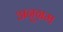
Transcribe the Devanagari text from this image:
अनुग्रम